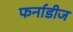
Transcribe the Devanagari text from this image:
फर्नाडीज